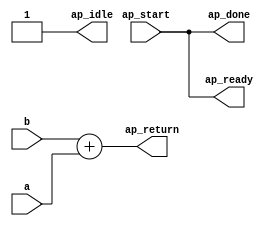
module zbroji (
        ap_start,
        ap_done,
        ap_idle,
        ap_ready,
        a,
        b,
        ap_return
);

input   ap_start;
output   ap_done;
output   ap_idle;
output   ap_ready;
input  [31:0] a;
input  [31:0] b;
output  [31:0] ap_return;

parameter    ap_const_logic_1 = 1'b1;
parameter    ap_const_logic_0 = 1'b0;



assign ap_done = ap_start;
assign ap_idle = ap_const_logic_1;
assign ap_ready = ap_start;
assign ap_return = (b + a);


endmodule